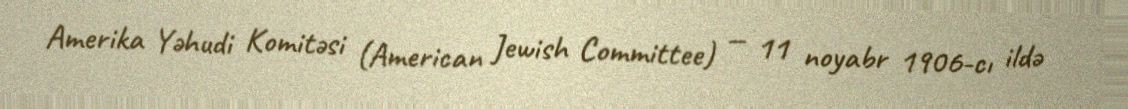
Amerika Yəhudi Komitəsi (American Jewish Committee) — 11 noyabr 1906-cı ildə